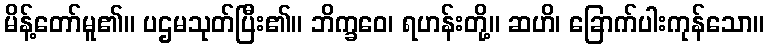
မိန့်တော်မူ၏။ ပဌမသုတ်ပြီး၏။ ဘိက္ခဝေ၊ ရဟန်းတို့။ ဆဟိ၊ ခြောက်ပါးကုန်သော။